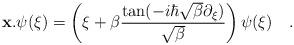
LaTeX: \begin{align*}{\bf{x}}.\psi({\xi}) = \left({\xi} + \beta \frac{\tan(-i\hbar\sqrt{\beta}\partial_{{\xi}})}{\sqrt{\beta}}\right) \psi({\xi})\quad .\end{align*}